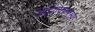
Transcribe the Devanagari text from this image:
आईएएफएमए